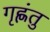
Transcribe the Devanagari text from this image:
गृह्णंतु